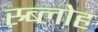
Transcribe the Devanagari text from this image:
स्र्ब्लोह